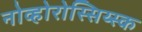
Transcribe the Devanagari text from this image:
नोव्होरोस्सिय्स्क